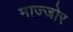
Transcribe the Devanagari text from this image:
माज्जोर